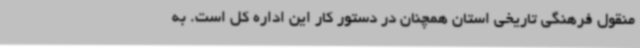
منقول فرهنگی تاریخی استان همچنان در دستور کار این اداره کل است. به